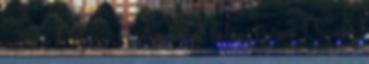
mikulá 1 Szász András : A látóasszony 1 Szász